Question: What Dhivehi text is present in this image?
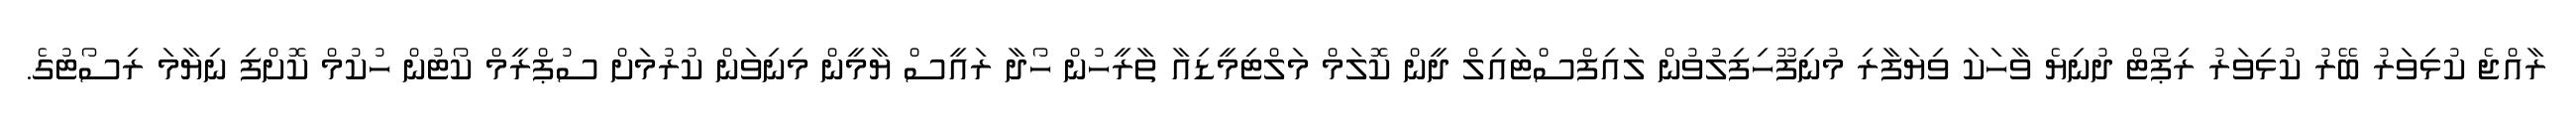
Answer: ރާއްޖެ ކުޅިވަރު ބޭރު ކުޅިވަރު ރިޕޯޓް ދުނިޔެ ވާހަކަ ވިޔަފާރި މުނިފޫހިފިލުވުން ލައިފްސްޓައިލް ދީން ކޮލަމް މަލްޓިމީޑިއާ ތާރީހުން ހޯދާ ރައީސް ޔާމީން މިނިވަން ކުރުމަށް ސުޕްރީމް ކޯޓުން ހުކުމް ކޮށްފި ނިޔާމަ ރިސޯޓުގެ.